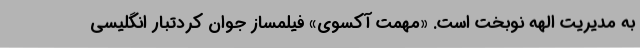
به مدیریت الهه نوبخت است. «مهمت آکسوی» فیلمساز جوان کُردتبار انگلیسی